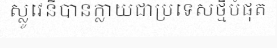
ស្លូវេនីបានក្លាយជាប្រទេសថ្មីបំផុត